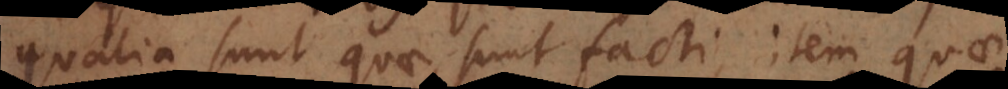
qualia sunt quae sunt facti, item quae